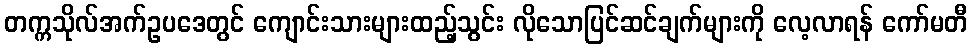
တက္ကသိုလ်အက်ဥပဒေတွင် ကျောင်းသားများထည့်သွင်း လိုသောပြင်ဆင်ချက်များကို လေ့လာရန် ကော်မတီ